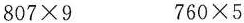
$$807 \times 9$$ $$760 \times 5$$